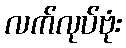
လက်လုပ်ဗုံး